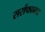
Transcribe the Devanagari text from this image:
सर्राफाबाद